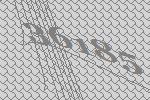
36185